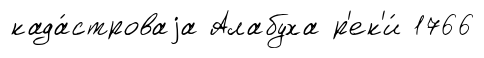
када́строваjа Алабуха р'ек'и́ 1766